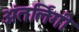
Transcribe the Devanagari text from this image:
अंतर्लिंगी